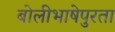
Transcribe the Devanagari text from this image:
बोलीभाषेपुरता